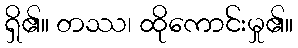
ရှိ၏။ တဿ၊ ထိုကောင်းမှု၏။